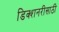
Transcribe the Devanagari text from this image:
डिक्शनरीसाठी